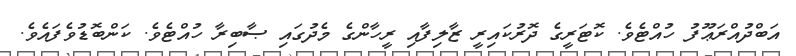
އަބްދުއްރަޢޫފު ހުއްޓެވެ. ކޮޓަރީގެ ދޮރުކައިރީ ޒާލިފާއި ރީހާންގެ މެދުގައި ޞާބިރާ ހުއްޓެވެ. ކަންބޮޑުވެފައެވެ.